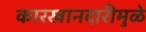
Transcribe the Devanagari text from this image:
कारखानदारीमुळे